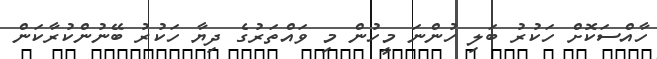
ހާއްސަކޮށް ހަކުރު ބަލި ހުންނަ މީހުން މި ވައްތަރުގެ ދިޔާ ހަކުރު ބޭނުންކުރާކަން